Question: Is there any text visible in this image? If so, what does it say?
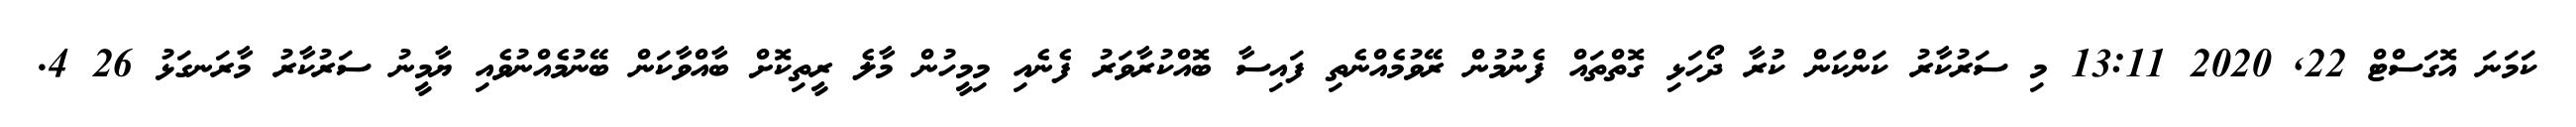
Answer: ކަމަނަ އޮގަސްޓް 22, 2020 13:11 މި ސަރުކާރު ކަންކަން ކުރާ ދޯހަޅި ގޮތްތައް ފެނުމުން ރޭވުމެއްނެތި ފައިސާ ބޮއްކުރާވަރު ފެނެއި މިމީހުން މާލެ ރީތިކޮށް ބާއްވާކަން ބޭނުމެއްނުވެއި ޔާމީނު ސަރުކާރު މާރަނގަޅު 26 4.